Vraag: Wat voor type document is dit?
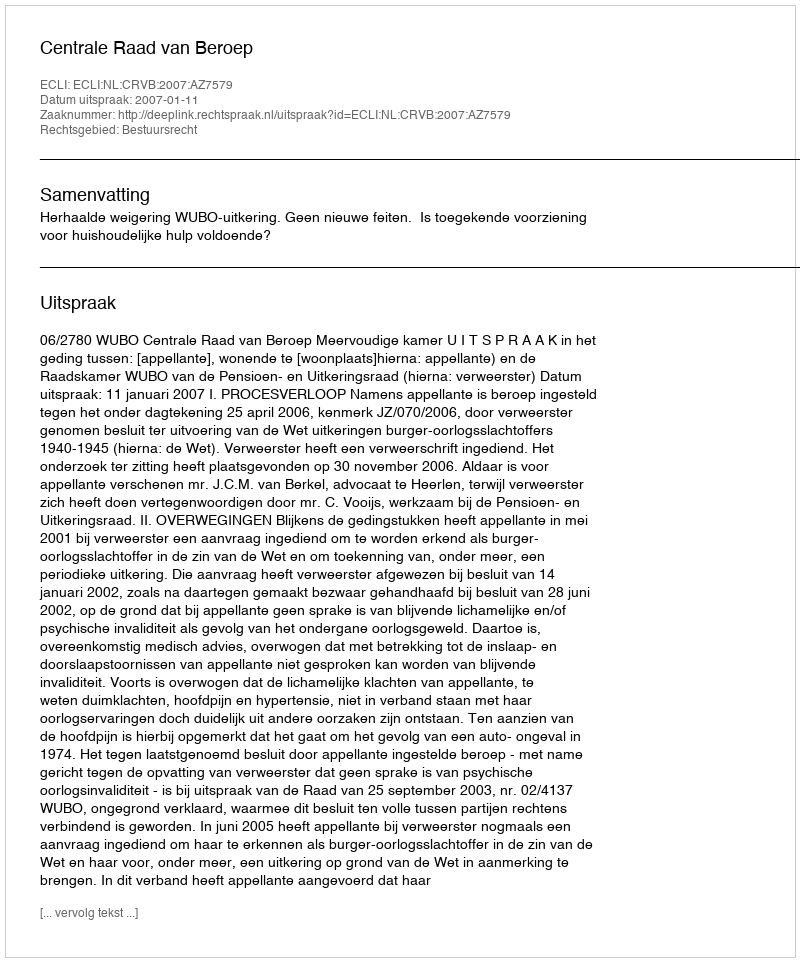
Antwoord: Uitspraak